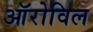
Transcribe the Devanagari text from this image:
ऑरोविल